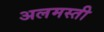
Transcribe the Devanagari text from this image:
अलमस्ती